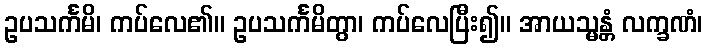
ဥပသင်္ကမိ၊ ကပ်လေ၏။ ဥပသင်္ကမိတွာ၊ ကပ်လေပြီး၍။ အာယသ္မန္တံ လက္ခဏံ၊